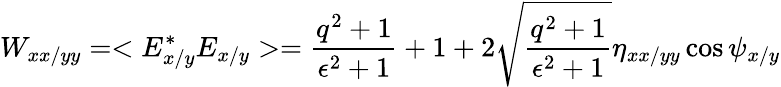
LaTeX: W_{xx/yy}=<E_{x/y}^{*}E_{x/y}>=\frac{q^{2}+1}{\epsilon^{2}+1}+1+2\sqrt{\frac{q^{2}+1}{\epsilon^{2}+1}}\eta_{xx/yy}\cos{\psi_{x/y}}